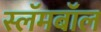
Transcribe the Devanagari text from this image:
स्लॅमबॉल